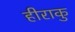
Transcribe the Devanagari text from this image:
हीराकु